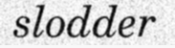
slodder